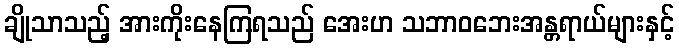
ချိုသာသည့် အားကိုးနေကြရသည် အေးဟ သဘာဝဘေးအန္တရာယ်များနှင့်